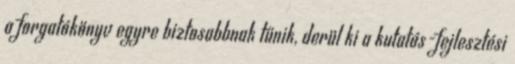
a forgatókönyv egyre biztosabbnak tűnik, derül ki a kutatás-fejlesztési